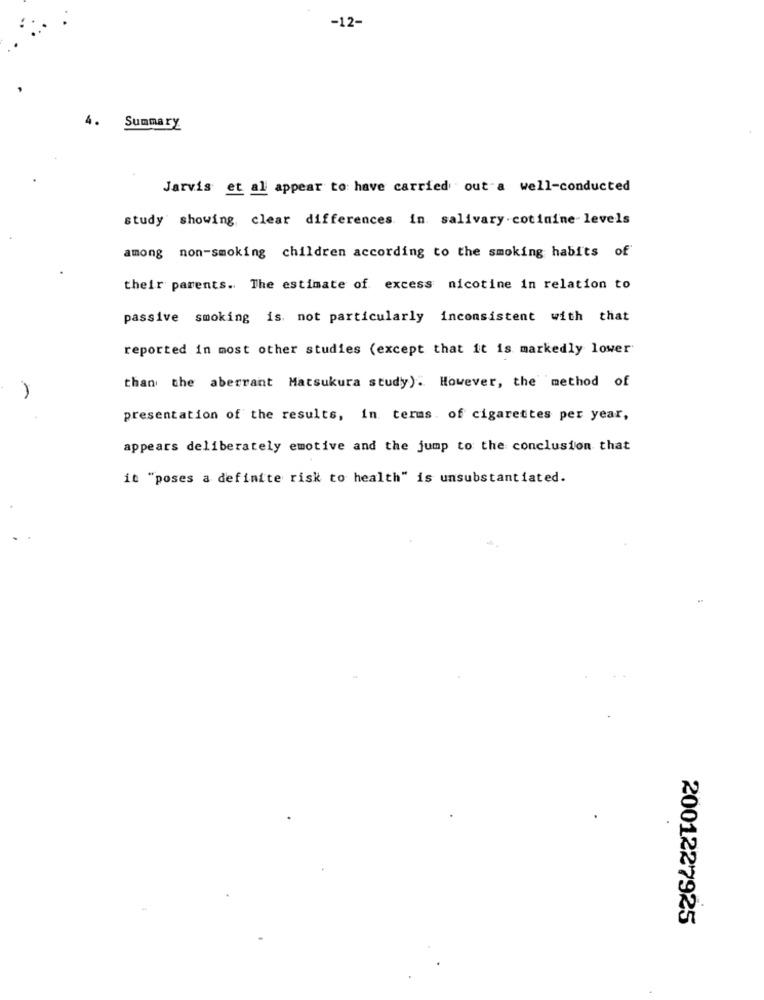
-12-
4.
Summary
Jarvis et al appear to have carried out a well-conducted
study showing, clear differences in salivary cotinine levels
among non-smoking children according to the smoking habits of
their parents. The estimate of excess nicotine in relation to
passive smoking is. not particularly inconsistent with that
reported in most other studies (except that it is markedly lower'
than the aberrant Matsukura study). However, the method of
presentation of the results, in terms. of cigarettes per year,
appears deliberately emotive and the jump to the conclusion that
it "poses a definite risk to health" is unsubstantiated.
2001227925